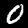
Digit: 0